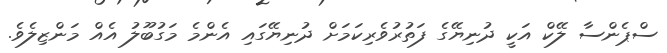
ސްޕެންސާ ލޭކް އަކީ ދުނިޔޭގެ ފަތުރުވެރިކަމަށް ދުނިޔޭގައި އެންމެ މަގުބޫލު އެއް މަންޒިލެވެ.